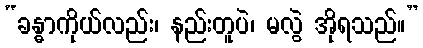
“ခန္ဓာကိုယ်လည်း၊ နည်းတူပဲ၊ မလွဲ အိုရသည်။”